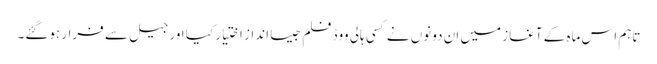
تاہم اس ماہ کے آغاز میں ان دونوں نے کسی ہالی ووڈ فلم جیسا انداز اختیار کیا اور جیل سے فرار ہوگئے۔